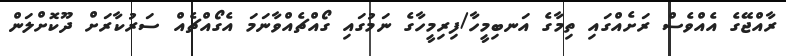
ރާއްޖޭގެ އެއްވެސް ރަށެއްގައި ތިމާގެ އަނބިމީހާ/ފިރިމީހާގެ ނަމުގައި ގޯއްޗެއްވާނަމަ އެގޯއްޗެއް ސަރުކާރަށް ދޫކޮށްލަން